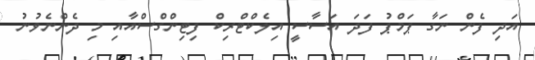
އަދި ފެން ނަގާ ޕަމްޕު ފަދަ އަސާސީ އިލެކްޓްރިކް ފިޓިންގްސްއާއި މި ދެންނެވުނު